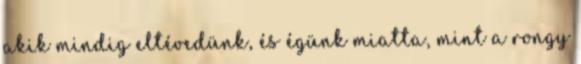
akik mindig eltévedünk, és égünk miatta, mint a rongy